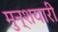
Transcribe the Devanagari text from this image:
मुन्शयारी